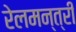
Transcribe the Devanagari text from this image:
रेलमन्त्री